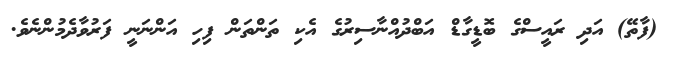
(ފާތޭ) އަދި ރައީސްގެ ބޮޑީގާޑް އަބްދުއްނާސިރުގެ އެކި ތަންތަން ފިހި އަންނަނީ ފަރުވާދެމުންނެވެ.